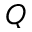
\boldsymbol { Q }